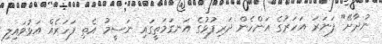
ނުދާށޭ" ފަނަރަ އަހަރުގެ އަންހެން ދަރިފުޅުގެ އަނގަމަތީގައި ނަސީމު އެތި ފަހަރެއް އަޅުވައިލި